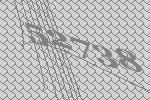
52738